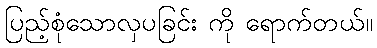
ပြည့်စုံသောလှပခြင်း ကို ရောက်တယ်။